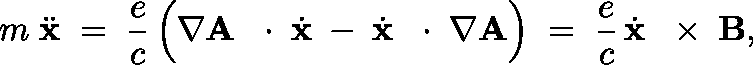
m \; \ddot { \bf x } \; = \; \frac { e } { c } \left( \nabla { \bf A } \, \mathrm { ~ \boldmath ~ \cdot ~ } \, \dot { \bf x } \; - \frac { } { } \dot { \bf x } \, \mathrm { ~ \boldmath ~ \cdot ~ } \, \nabla { \bf A } \right) \; = \; \frac { e } { c } \, \dot { \bf x } \, \mathrm { ~ \boldmath ~ \times ~ } \, { \bf B } ,